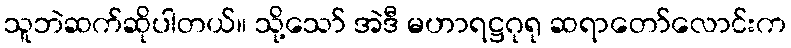
သူဘဲဆက်ဆိုပါတယ်။ သို့သော် အဲဒီ မဟာရဋ္ဌဂုရု ဆရာတော်လောင်းက